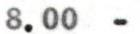
8.00 -